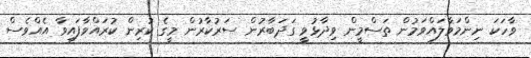
ވާހަކަ ނިންމަވާލައްވަމުން ތަސްމީން ވިދާޅުވީ ގަދަބާރުން ސަރުކާރުން މީގެ ކުރިން ކުރައްވާފައިވާ އެއްވެސް